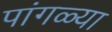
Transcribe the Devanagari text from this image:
पांगळ्या